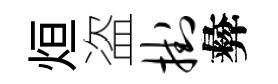
烜盗挂彜